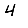
Digit: 4